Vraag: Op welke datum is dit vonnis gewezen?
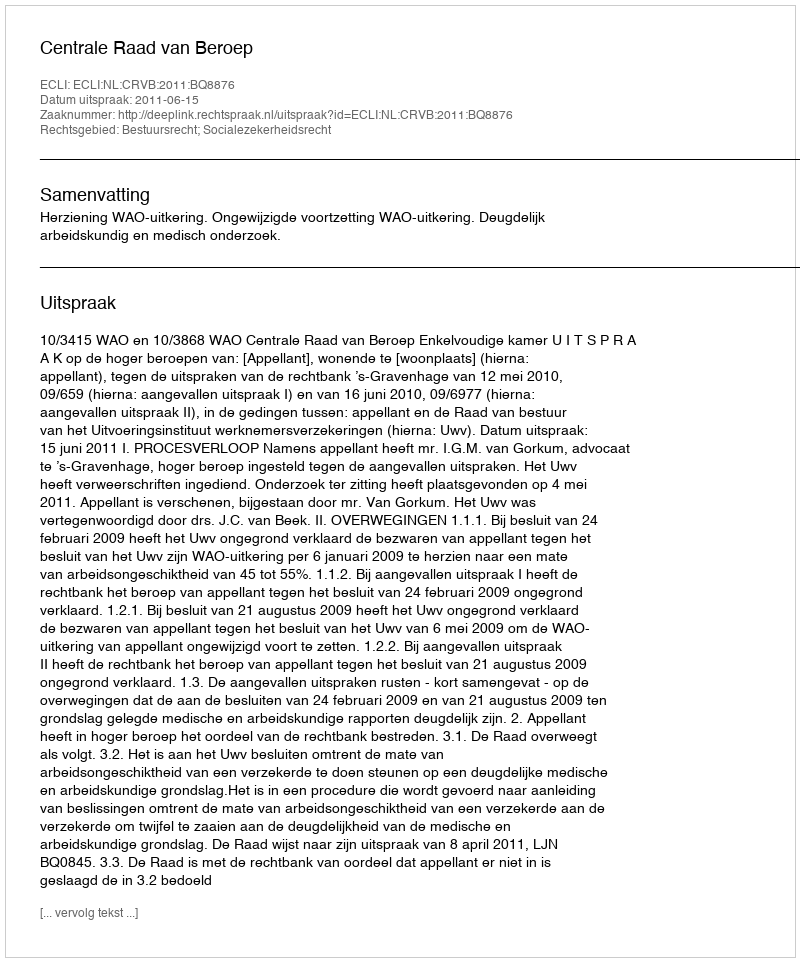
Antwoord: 2011-06-15